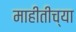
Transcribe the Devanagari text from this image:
माहीतीच्या